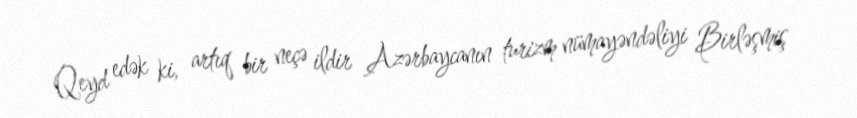
Qeyd edək ki, artıq bir neçə ildir Azərbaycanın turizm nümayəndəliyi Birləşmiş